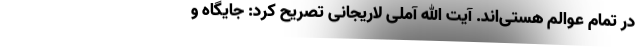
در تمام عوالم هستی‌اند. آیت الله آملی لاریجانی تصریح کرد: جایگاه و